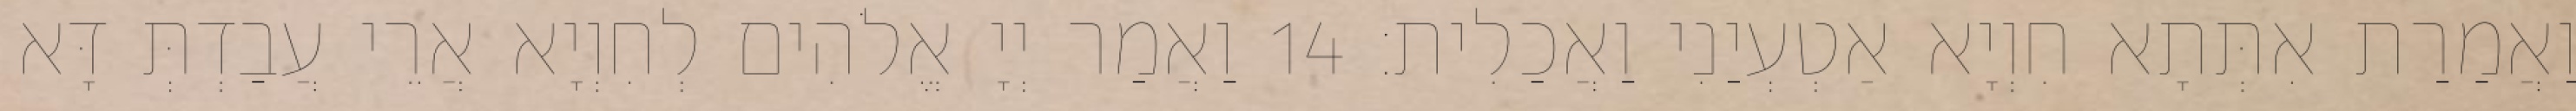
וַאֲמַרַת אִתְּתָא חִוְיָא אַטְעְיַנִי וַאֲכַלִית׃ 14 וַאֲמַר יְיָ אֱלֹהִים לְחִוְיָא אֲרֵי עֲבַדְתְּ דָּא